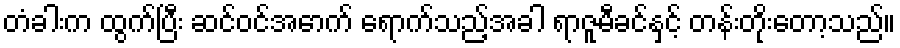
တံခါးက ထွက်ပြီး ဆင်ဝင်အောက် ရောက်သည့်အခါ ရာဇူမီခင်နှင့် တန်းတိုးတော့သည်။